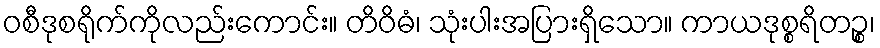
ဝစီဒုစရိုက်ကိုလည်းကောင်း။ တိဝိဓံ၊ သုံးပါးအပြားရှိသော။ ကာယဒုစ္စရိတဉ္စ၊